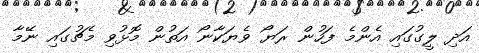
އަދި ލީގުގައި އެންމެ ފަހުން ރަޔޯ ވެޔަކާނޯ އަތުން މޮޅުވި މެޗުގައި ނޭމާ